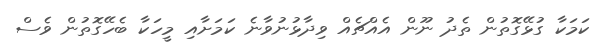
ކަމަކާ ގުޅޭގޮތުން ތެދު ނޫން އެއްޗެއް ވިދާޅުނުވާނެ ކަމަށާއި މީހަކާ ބެހޭގޮތުން ވެސް